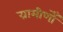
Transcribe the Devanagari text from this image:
ग्रामीणोँ